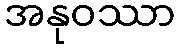
အနုဝဿာ